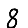
Digit: 8